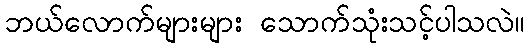
ဘယ်လောက်များများ သောက်သုံးသင့်ပါသလဲ။